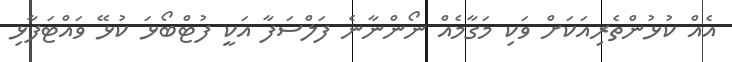
އެއް ކުޅުންތެރިއަކަށް ވަކި މަގާމެއް ނޯންނާނެ ފަލްސަފާ އަކީ ފުޓްބޯޅަ ކުޅޭ ވައްޓަފާޅި